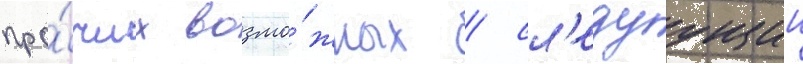
про́чих возмо́жных / сл'едуущии